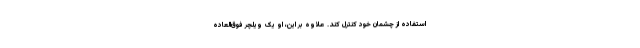
استفاده از چشمان خود کنترل کند. علاوه بر این، او یک ویلچر فوق‌العاده